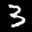
Label: 3